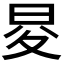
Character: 𭥨